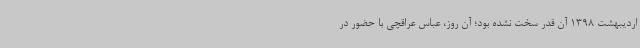
اردیبهشت 1398 آن‌ قدر سخت نشده بود؛ آن روز، عباس عراقچی با حضور در